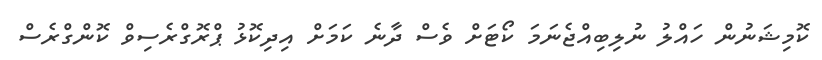
ކޮމިޝަނުން ހައްލު ނުލިބިއްޖެނަމަ ކޯޓަށް ވެސް ދާނެ ކަމަށް އިދިކޮޅު ޕްރޮގްރެސިވް ކޮންގްރެސް